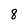
Character: 8